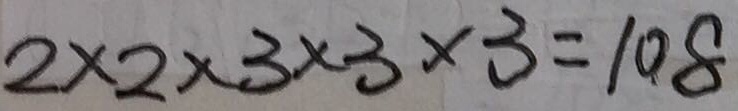
2 \times 2 \times 3 \times 3 \times 3 = 1 0 8